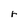
Character: r